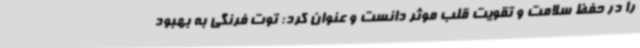
را در حفظ سلامت و تقویت قلب موثر دانست و عنوان کرد: توت فرنگی به بهبود